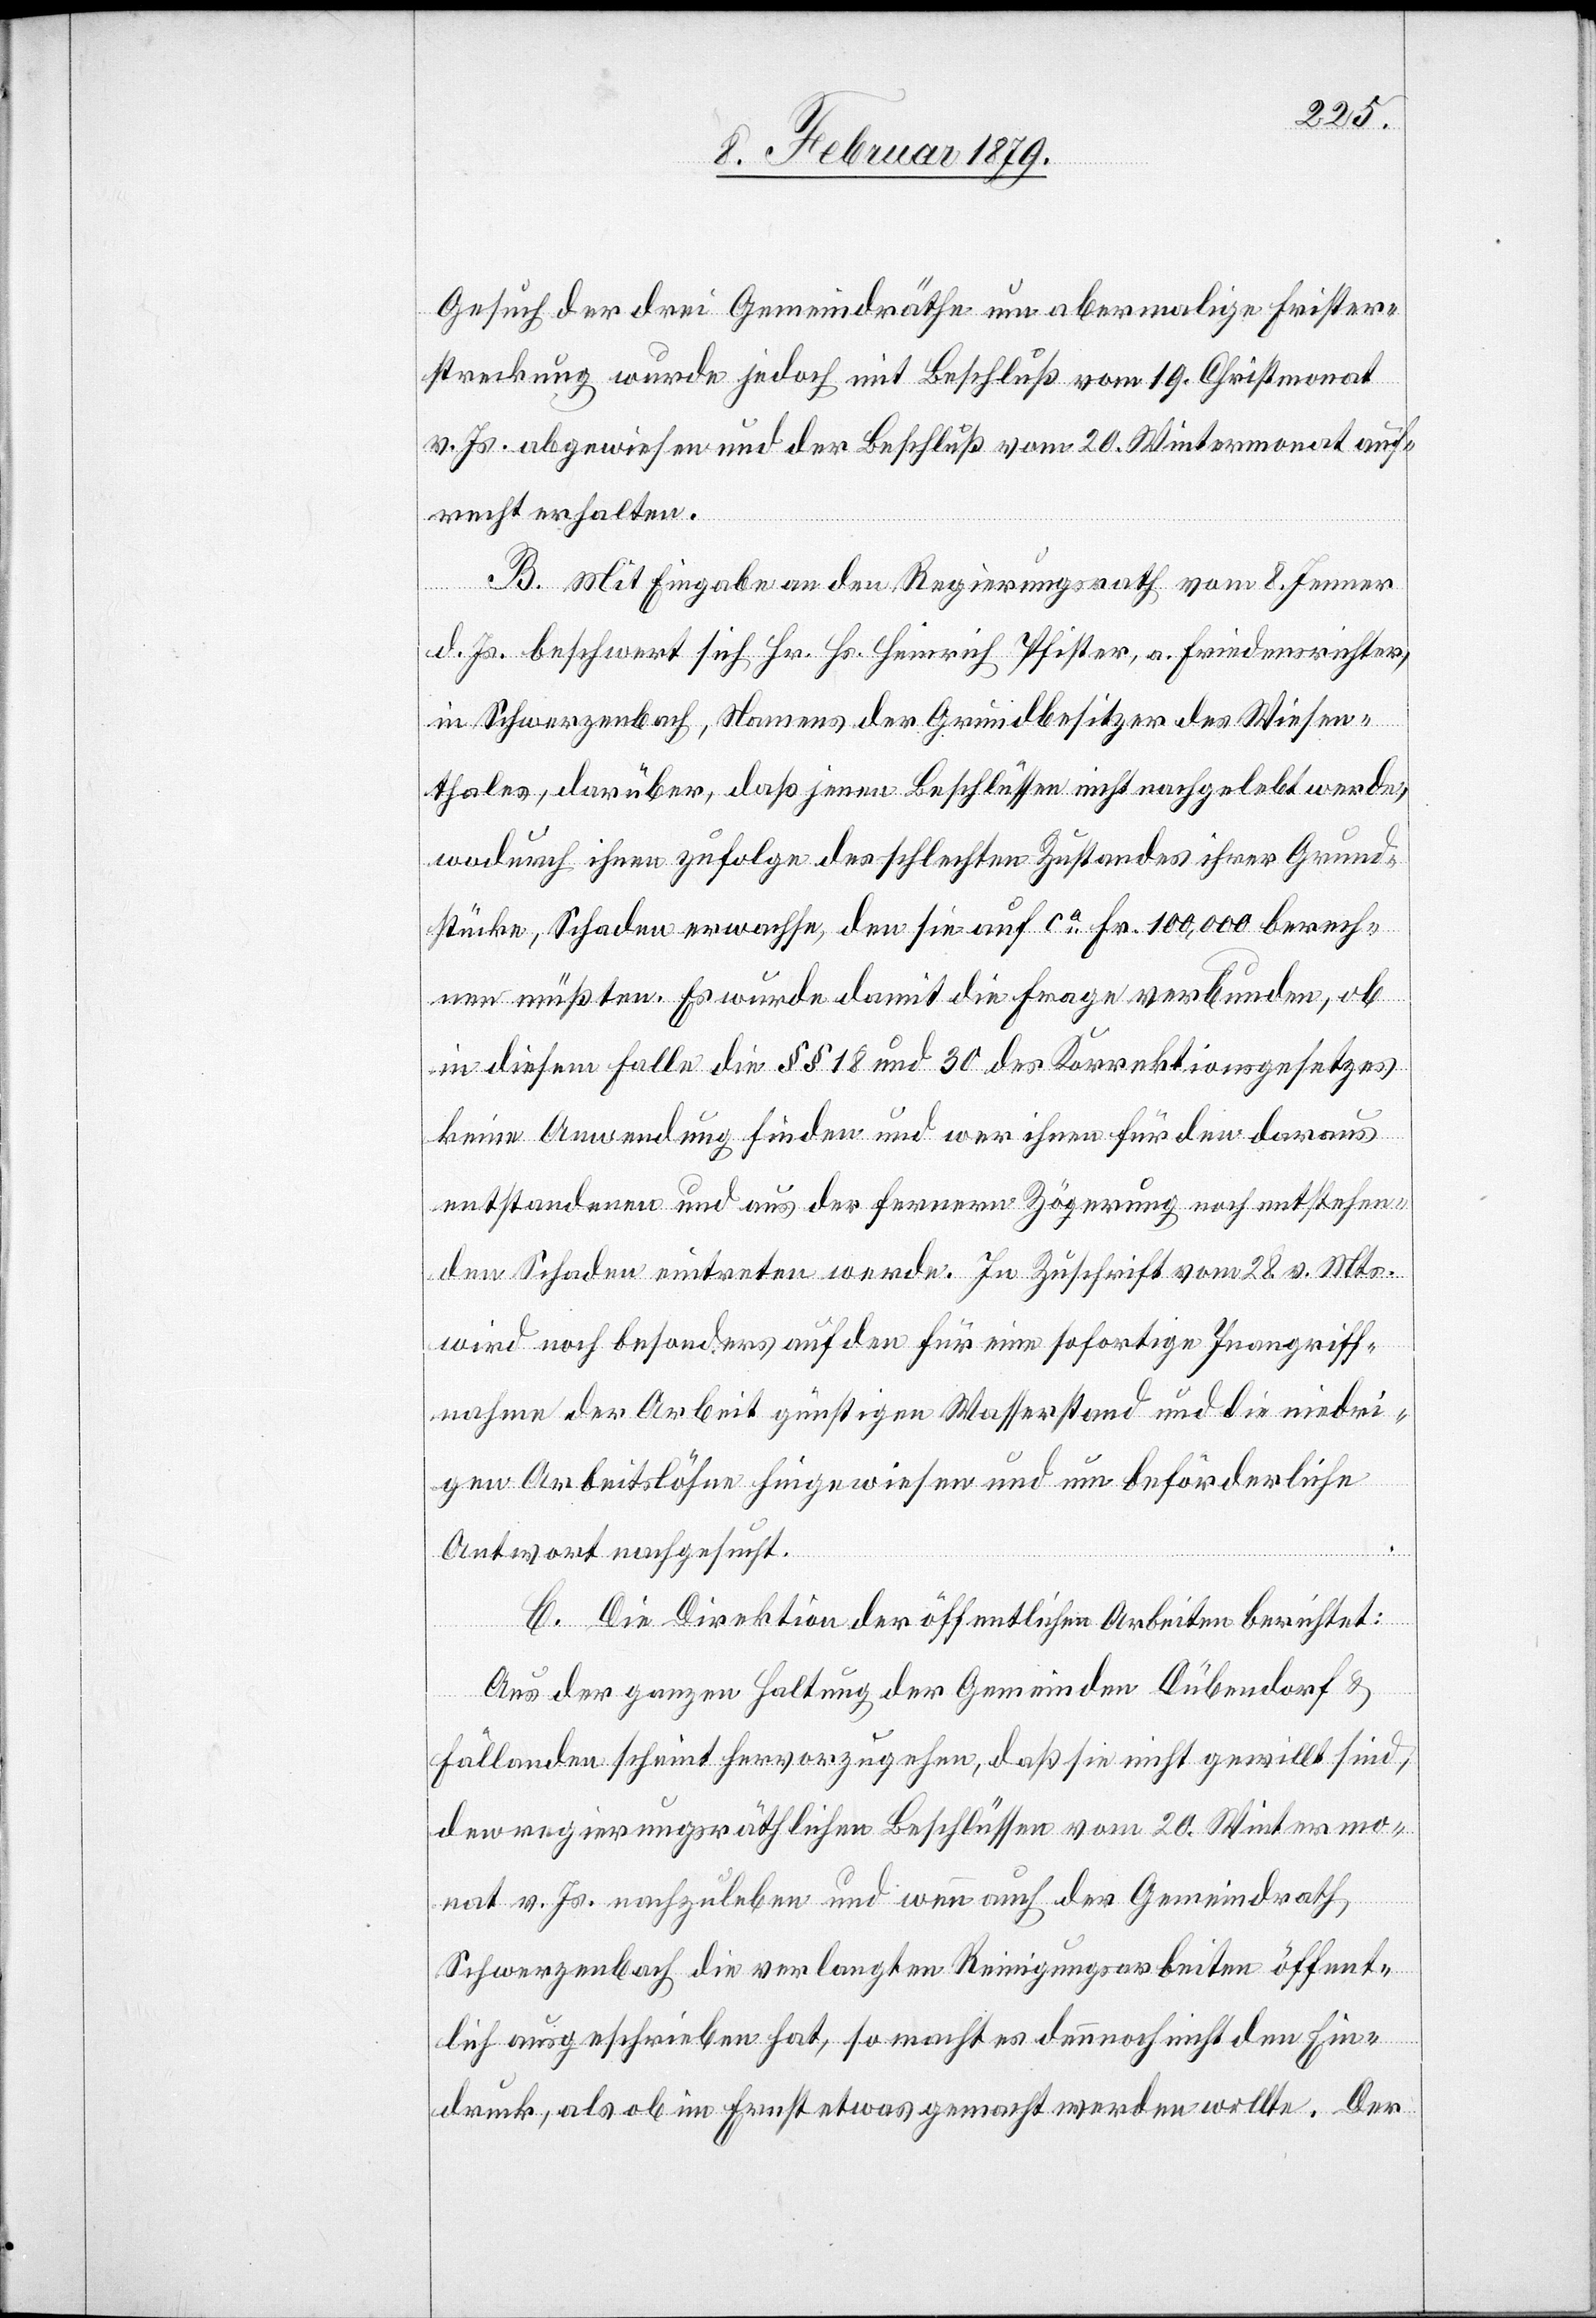
Gesuch der drei Gemeindräthe um abermalige Frister¬
streckung wurde jedoch mit Beschluß vom 19. Christmonat
v. Js. abgewiesen und der Beschluß vom 20. Wintermonat auf¬
recht erhalten.
B. Mit Eingabe an den Regierungsrath vom 8. Jenner
d. Js. beschwert sich Hr. Hs. Heinrich Pfister, a. Friedensrichter,
in Schwerzenbach, Namens der Grundbesitzer des Wiesen¬
thales, darüber, daß jenen Beschlüssen nicht nachgelebt werde,
wodurch ihnen zufolge des schlechten Zustandes ihrer Grund¬
stücke, Schaden erwachse, den sie auf ca Fr. 100,000 berech¬
nen müßten. Es wurde damit die Frage verbunden, ob
in diesem Falle die §§ 18 und 30 des Korrektionsgesetzes
keine Anwendung finden und wer ihnen für den daraus
entstandenen und aus der fernern Zögerung noch entstehen¬
den Schaden eintreten werde. In Zuschrift vom 28. v. Mts.
wird noch besonders auf den für eine sofortige Inangriff¬
nahme der Arbeit günstigen Wasserstand und die niedri¬
gen Arbeitslöhne hingewiesen und um beförderliche
Antwort nachgesucht.
C. Die Direktion der öffentlichen Arbeiten berichtet:
Aus der ganzen Haltung der Gemeinden Dübendorf &
Fällanden scheint hervorzugehen, daß sie nicht gewillt sind,
den regierungsräthlichen Beschlüssen vom 20. Wintermo¬
nat v. Js. nachzuleben und wenn auch der Gemeindrath
Schwerzenbach die verlangten Reinigungsarbeiten öffent¬
lich ausgeschrieben hat, so macht es dennoch nicht den Ein¬
druck, als ob im Ernst etwas gemacht werden wollte. Der